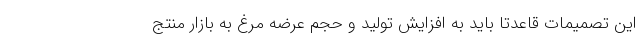
این تصمیمات قاعدتا باید به افزایش تولید و حجم عرضه مرغ به بازار منتج